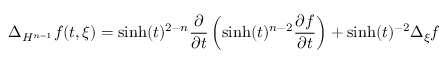
\Delta _ { H ^ { n - 1 } } f ( t , \xi ) = \sinh ( t ) ^ { 2 - n } { \frac { \partial } { \partial t } } \left( \sinh ( t ) ^ { n - 2 } { \frac { \partial f } { \partial t } } \right) + \sinh ( t ) ^ { - 2 } \Delta _ { \xi } f